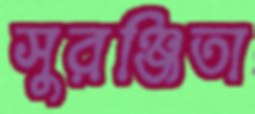
সুরঞ্জিতা